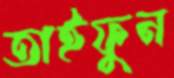
তাইফুন